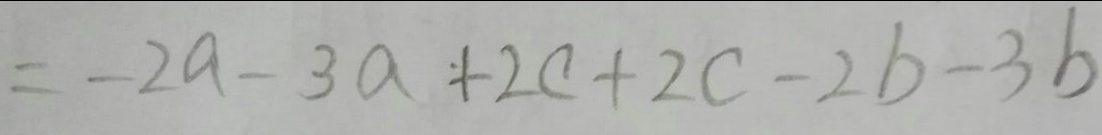
= - 2 a - 3 a + 2 c + 2 c - 2 b - 3 b